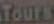
Tours